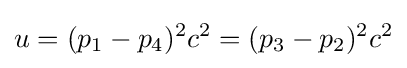
u=(p_{1}-p_{4})^{2}c^{2}=(p_{3}-p_{2})^{2}c^{2}